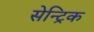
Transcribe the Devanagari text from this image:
सेन्ट्रिक